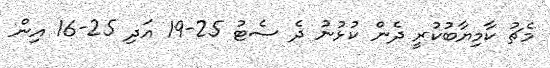
މެޗު ކާމިޔާބުކުރީ ދެން ކުޅުނު ދެ ސެޓު 25-19 އަދި 25-16 އިން